Madras plague regulations and rules - Volume 2
Disease focus: Plague
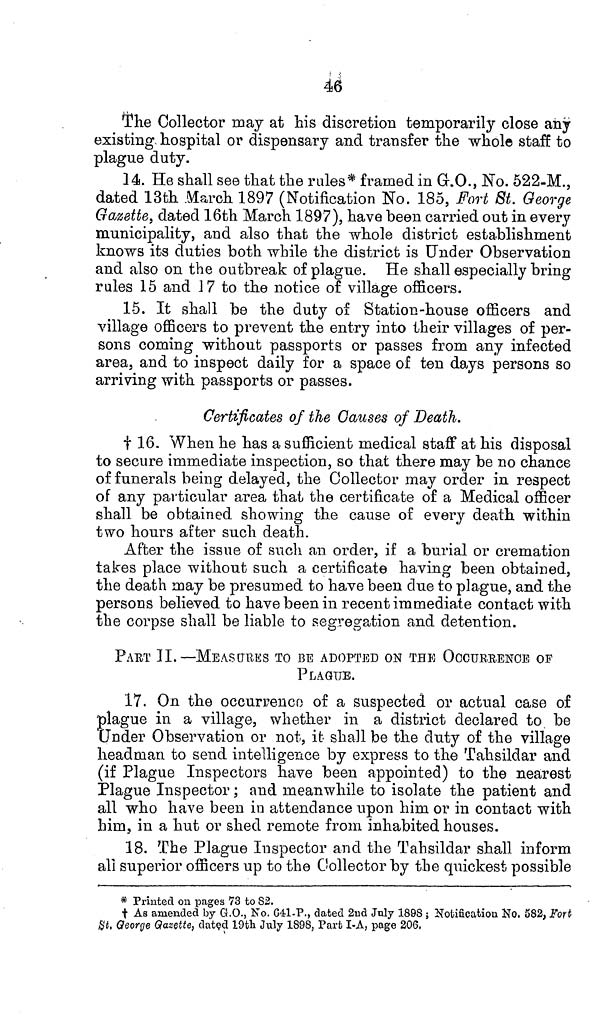
46
The Collector may at his discretion temporarily close any
existing, hospital or dispensary and transfer the whole staff to
plague duty.
14. He shall see that the rules* framed in G.O., No. 522-M.,
dated 13th March 1897 (Notification No. 185, Fort St. George
Gazette, dated 16th March 1897), have been carried out in every
municipality, and also that the whole district establishment
knows its duties both while the district is Under Observation
and also on the outbreak of plague. He shall especially bring
rales 15 and 17 to the notice of village officers.
15. It shall be the duty of Station-house officers and
village officers to prevent the entry into their villages of per-
sons coming without passports or passes from any infected
area, and to inspect daily for a space of ten days persons so
arriving with passports or passes.
Certificates of the Causes of Death.
† 16. When he has a sufficient medical staff at his disposal
to secure immediate inspection, so that there may be no chance
of funerals being delayed, the Collector may order in respect
of any particular area that the certificate of a Medical officer
shall be obtained showing the cause of every death within
two hours after such death.
After the issue of such an order, if a burial or cremation
takes place without such a certificate having been obtained,
the death may be presumed to have been due to plague, and the
persons believed to have been in recent immediate contact with
the corpse shall be liable to segregation and detention.
PART II.—MEASURES TO BE ADOPTED ON THE OCCURRENCE OF
PLAGUE.
17. On the occurrence of a suspected or actual case of
•plague in a village, whether in a district declared to be
Under Observation or not, it shall be the duty of the village
headman to send intelligence by express to the Tahsildar and
(if Plague Inspectors have been appointed) to the nearest
Plague Inspector; and meanwhile to isolate the patient and
all who have been in attendance upon him or in contact with
him, in a hut or shed remote from inhabited houses.
18. The Plague Inspector and the Tahsildar shall inform
all superior officers up to the Collector by the quickest possible
* Printed on pages 73 to 82.
† As amended by G.O., No. 641-P., dated 2nd July 1898 ; Notification No. 582, Fort
St. George Gazette, dated 19th July 1898, Part I-A, page 206.